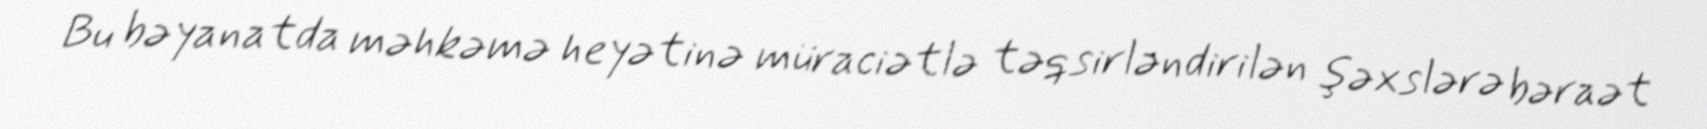
Bu bəyanatda məhkəmə heyətinə müraciətlə təqsirləndirilən şəxslərə bəraət